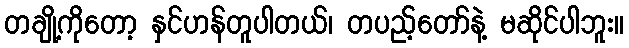
တချို့ကိုတော့ နှင်ဟန်တူပါတယ်၊ တပည့်တော်နဲ့ မဆိုင်ပါဘူး။